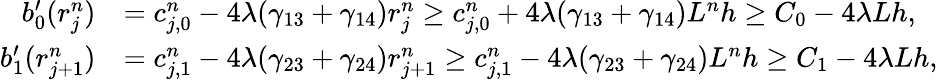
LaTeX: \begin{array}{rl}{b_{0}^{\prime}(r_{j}^{n})}&{=c_{j,0}^{n}-4\lambda(\gamma_{13}+\gamma_{14})r_{j}^{n}\geq c_{j,0}^{n}+4\lambda(\gamma_{13}+\gamma_{14})L^{n}h\geq C_{0}-4\lambda Lh,}\\ {b_{1}^{\prime}(r_{j+1}^{n})}&{=c_{j,1}^{n}-4\lambda(\gamma_{23}+\gamma_{24})r_{j+1}^{n}\geq c_{j,1}^{n}-4\lambda(\gamma_{23}+\gamma_{24})L^{n}h\geq C_{1}-4\lambda Lh,}\end{array}